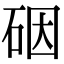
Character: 䂩